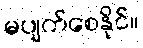
မပျက်စေနိုင်။